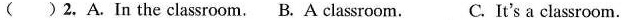
( )2.A.In the classroom. B. A classroom. C. It's a classroom.